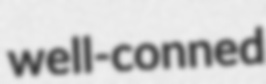
well-conned